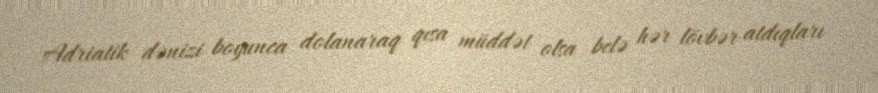
Adriatik dənizi boyunca dolanaraq qısa müddət olsa belə hər lövbər atdıqları